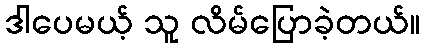
ဒါပေမယ့် သူ လိမ်ပြောခဲ့တယ်။